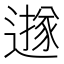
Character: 𨗅